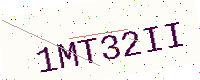
Text: 1MT32II